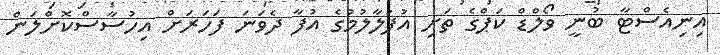
އިނިއެސްޓާ ބުނީ ވޯލްޑް ކަޕްގެ ތަށި އުފުލާލުމުގެ އުފާ ދެވަނަ ފަހަރަށް އިހުސާސްކޮށްލަން